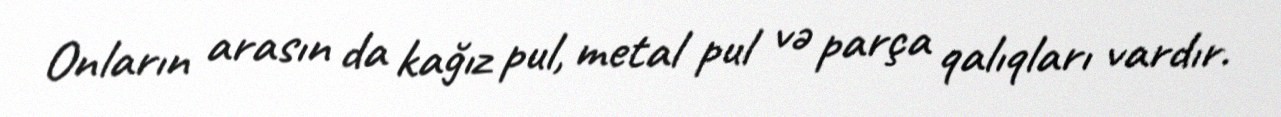
Onların arasın da kağız pul, metal pul və parça qalıqları vardır.